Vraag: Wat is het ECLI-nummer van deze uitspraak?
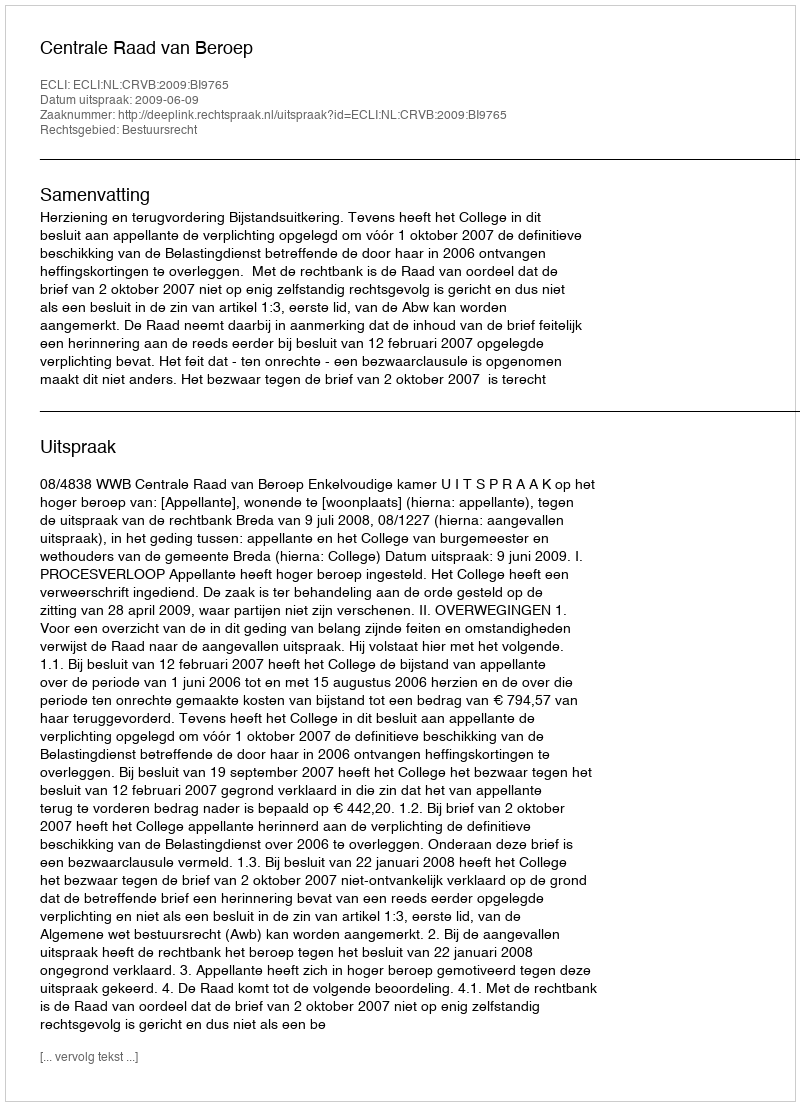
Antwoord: ECLI:NL:CRVB:2009:BI9765